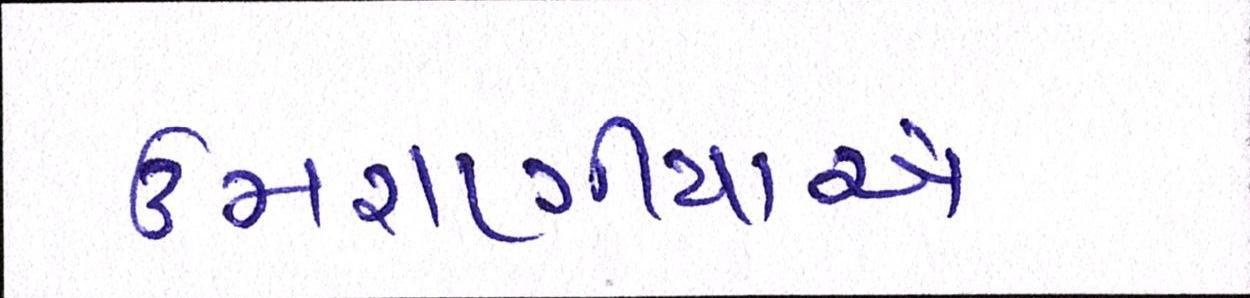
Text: ઉમરાણીયાએ